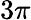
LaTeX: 3\pi